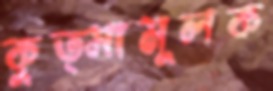
কুত্সামূলক